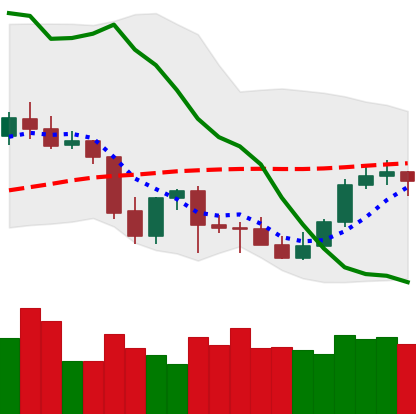
Ticker: LTC-USD
Chart end date: 2021-10-04
Forward return: 7.233%
Label: up_7plus